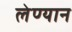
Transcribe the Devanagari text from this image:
लेण्यान